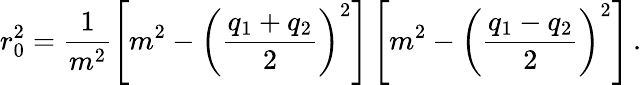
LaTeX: r_{0}^{2}=\frac{1}{m^{2}}\left[m^{2}-\left(\frac{q_{1}+q_{2}}{2}\right)^{2}\right]\left[m^{2}-\left(\frac{q_{1}-q_{2}}{2}\right)^{2}\right]\, .